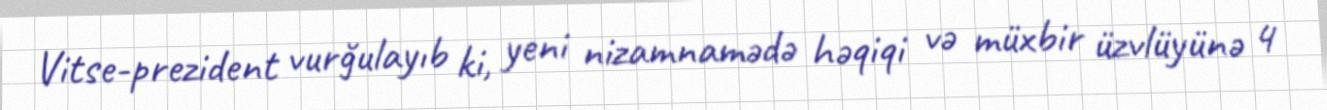
Vitse-prezident vurğulayıb ki, yeni nizamnamədə həqiqi və müxbir üzvlüyünə 4